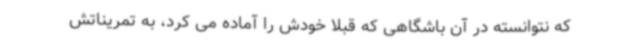
که نتوانسته در آن باشگاهی که قبلا خودش را آماده می کرد، به تمریناتش